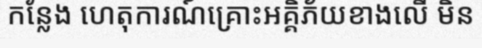
កន្លែង ហេតុការណ៍គ្រោះអគ្គិភ័យខាងលើ មិន